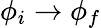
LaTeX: \phi_{i}\rightarrow\phi_{f}